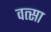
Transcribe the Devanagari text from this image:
वत्सा